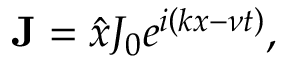
\mathbf { J } = \hat { x } J _ { 0 } e ^ { i \left( k x - \nu t \right) } ,